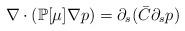
LaTeX: \begin{align*}\nabla \cdot (\mathbb{P}[\mu] \nabla p) &= \partial_s (\bar{C}\partial _s p)\end{align*}